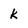
Character: k